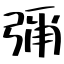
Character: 𭚶